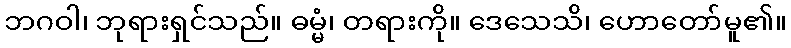
ဘဂဝါ၊ ဘုရားရှင်သည်။ ဓမ္မံ၊ တရားကို။ ဒေသေသိ၊ ဟောတော်မူ၏။